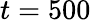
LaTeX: t=500